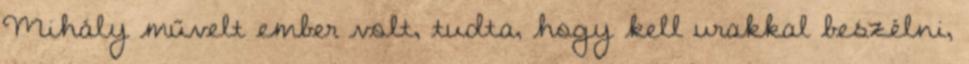
Mihály művelt ember volt, tudta, hogy kell urakkal beszélni,